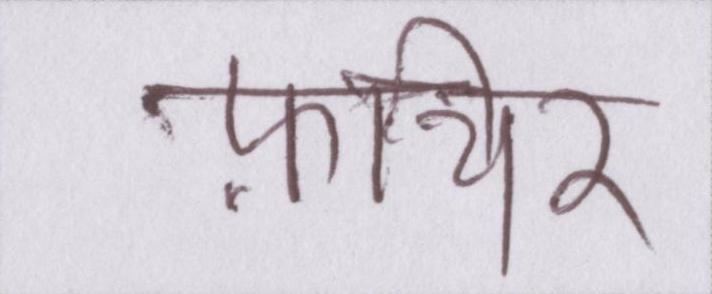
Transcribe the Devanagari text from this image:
फ़ीचर